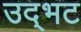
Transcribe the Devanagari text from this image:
उद्‌भट